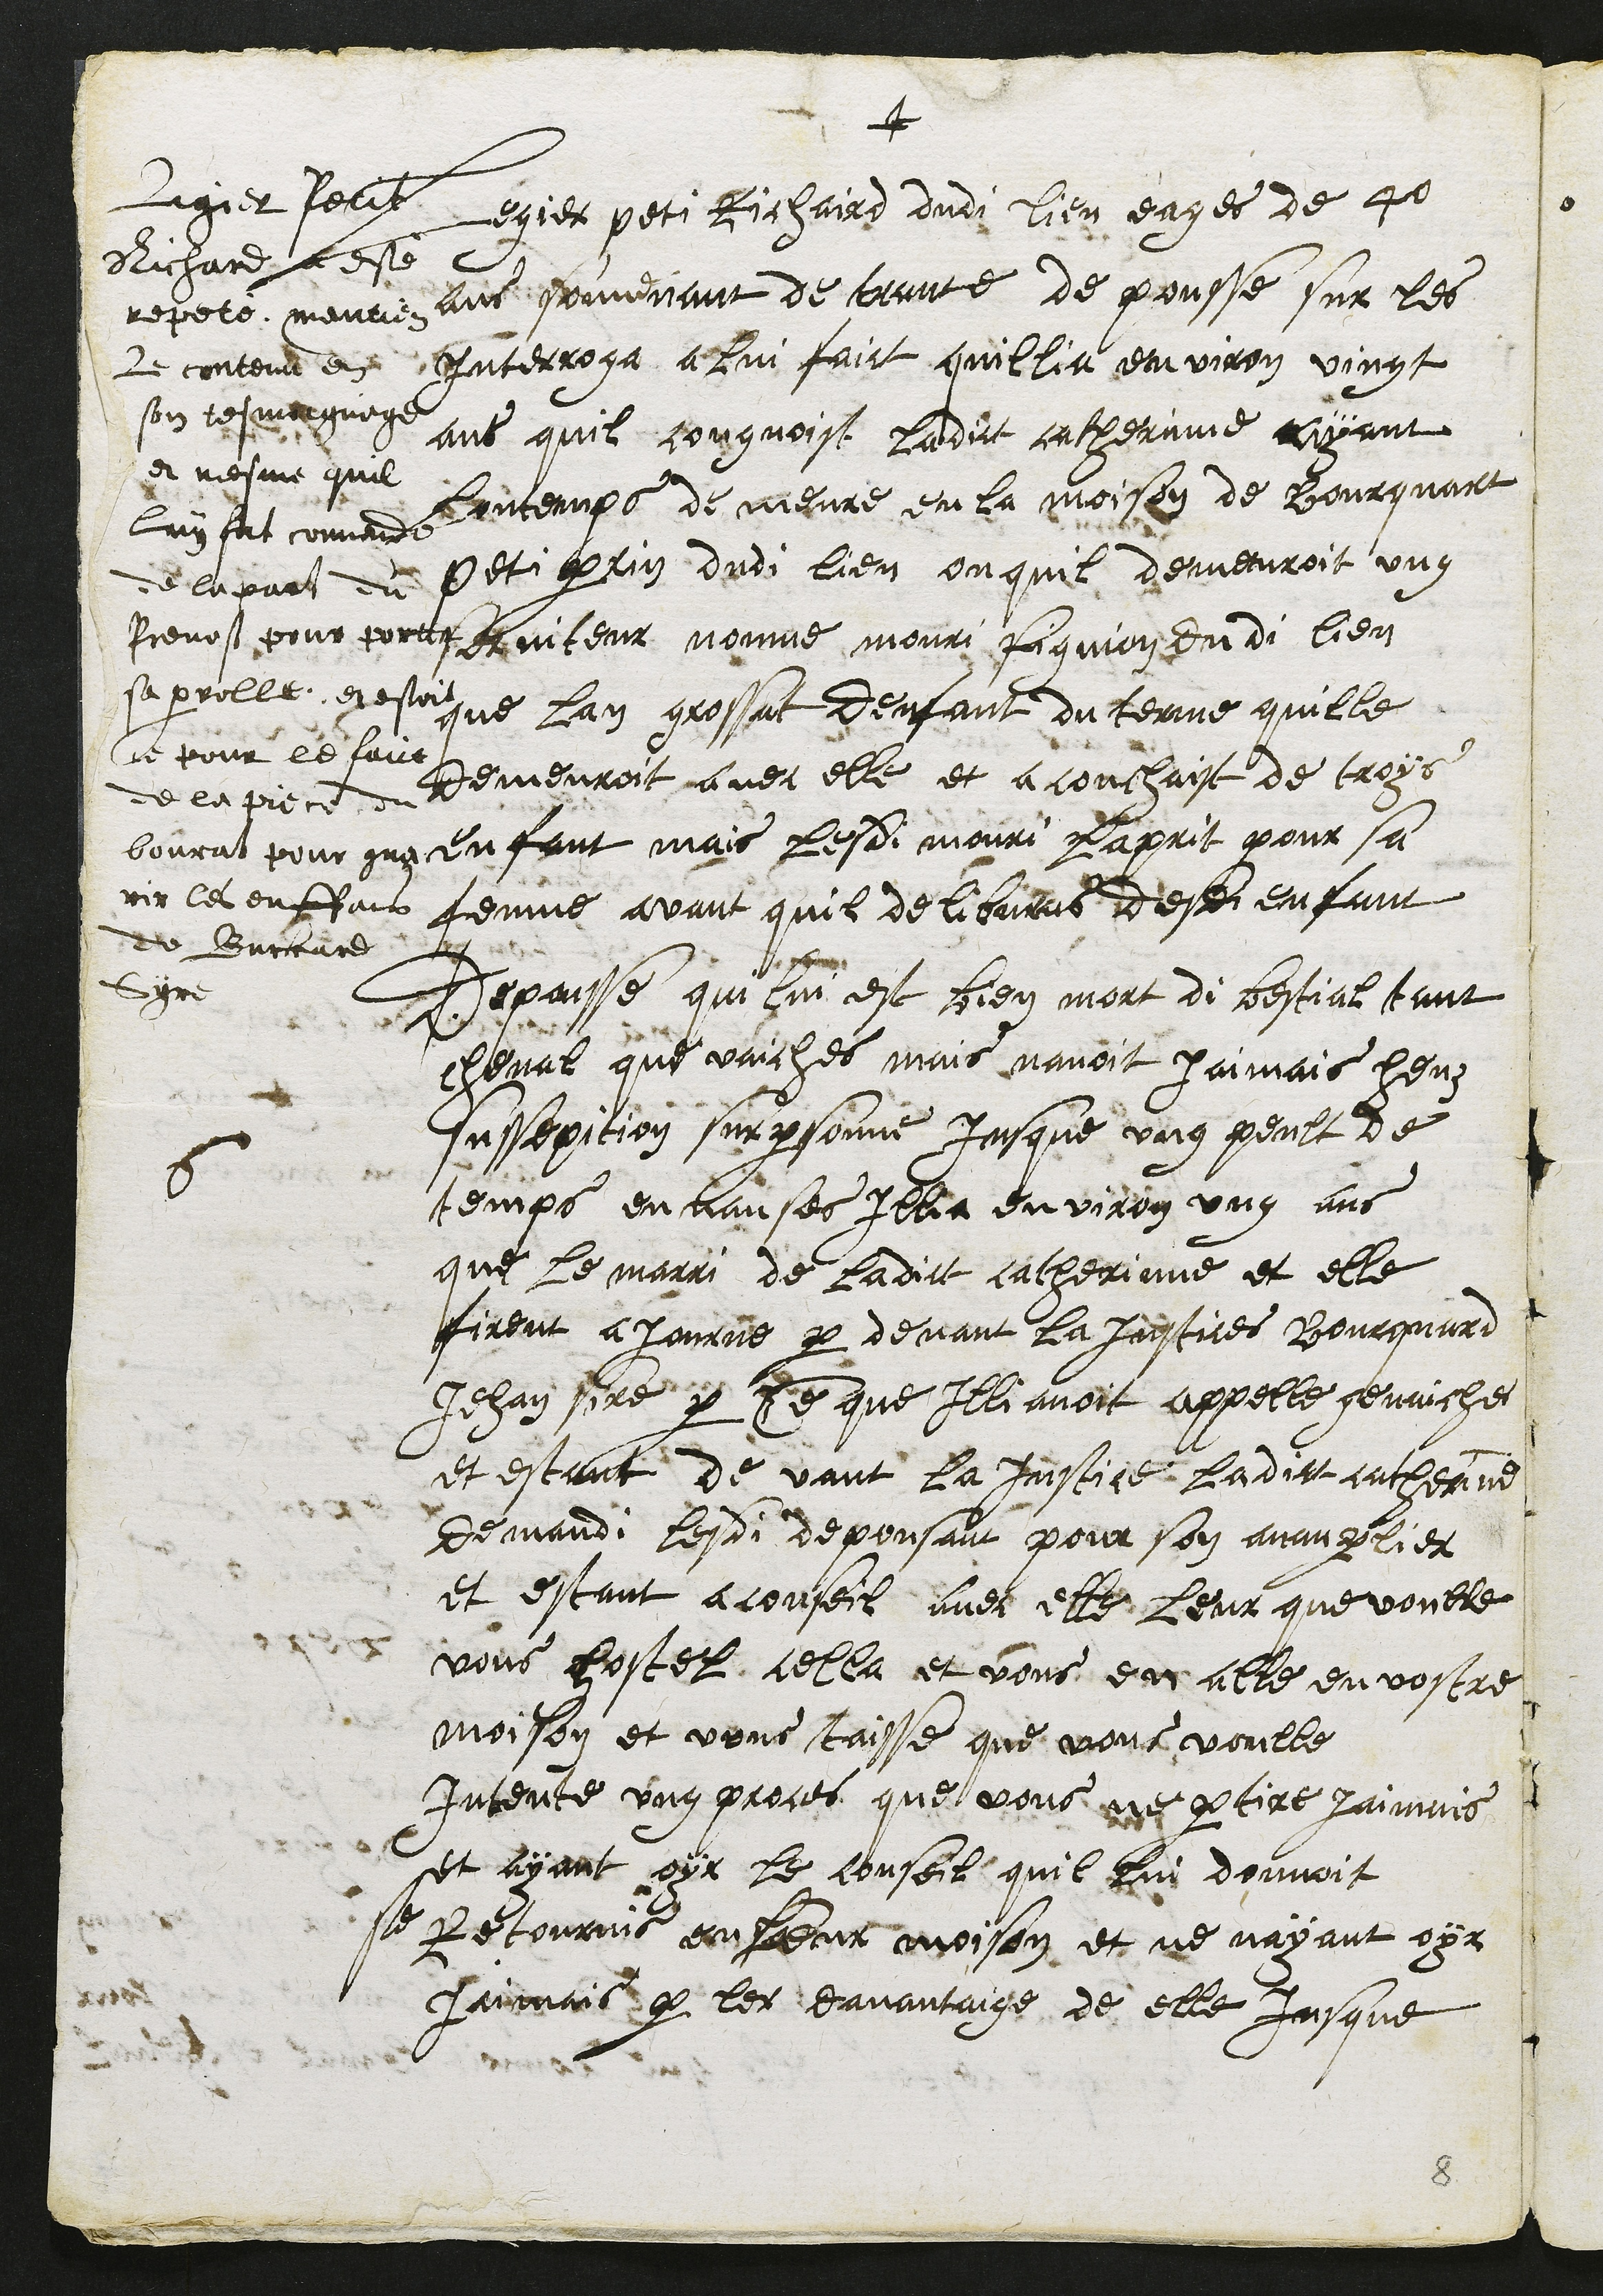
+
6
Legier peti Richaird dudi lieu eages de 40
ans souvenant de trante de pousse sur les
Interroga a lui faict quillia environ vingt
ans quil cougnoist ladict catherinne ayant
lontemps demeure en la moison de Bourquart
Peti perrin dudi lieu ou quil demeuroit ung
serviteur nommé mouri Pignion dudi lieu
que lan grossat denfant du terme quille
demeuroit avec elle et a couchaist de troys
enfant mais lesdi mouri laprit pour sa
femme avant quil delibvras desdi enfant
Depousse qui lui est bien mort di bestial tant
cheval que vaiches mais navoit jaimais heuz
sussepition sur personne Jusque ung peult de
temps en nanses illia environ ung ans
que le marri de ladict catherinne et elle
firent ajourne par devant la Justices Bourquard
Jehan sire par ce que Illi avoit appelle genaiches
et estant de vant la Justice ladict catherine
demandi lesdi depousant pour son avanparlier
et estant a conseil avec elle Leur que voulle
vous hostel cella et vous en alle en vostre
moison et vous taisse que vous voulle
intente ung proces que vous ne partire jaimais
et ayant oyr le conseil quil lui donnoit
se Retournis en leur moison et ne nayant oyr
jaimais parler davantaige de elle Jusque
Ligier Petit
Richard a esté
repeté mentient
Le contenu en
son tesmoignage
et mesme quil
luy fut commande
de la part du
Prevost pour porter
sa parrolle et estoit
ce pour le faict
de la piece du
bourat pour gua
rir les enffans
de Burcard
Syre
8